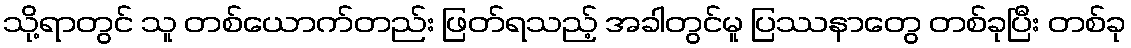
သို့ရာတွင် သူ တစ်ယောက်တည်း ဖြတ်ရသည့် အခါတွင်မူ ပြဿနာတွေ တစ်ခုပြီး တစ်ခု